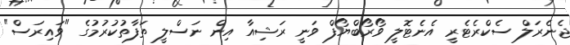
ޖެނެރަލް ސެކްރެޓެރީ އެނެޓޮލީ ވޯރޯބްޔޯފް ވަނީ ރަޝިއާ އިން ނަސްލީ ތަފާތުކުރުމުގެ "ވައިރަސް"